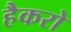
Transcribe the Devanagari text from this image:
हैकरो